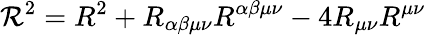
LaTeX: {\mathcal{R}}^{2}=R^{2}+R_{\alpha\beta\mu\nu}R^{\alpha\beta\mu\nu}-4R_{\mu\nu}R^{\mu\nu}